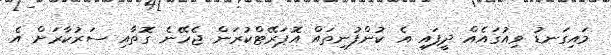
މައިގަނޑު ވިއުގައެއް ދީފައި އެ ކުންފުނިތައް އޮޕަރޭޓްކުރަން ޖެހޭނެ ގޮތާއި ސަރުކާރަށް އެ